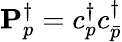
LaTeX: \mathbf{P}_{p}^{\dagger}={c}_{p}^{\dagger}{c}_{\bar{p}}^{\dagger}